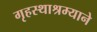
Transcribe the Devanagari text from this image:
गृहस्थाश्रम्याने